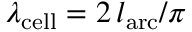
\lambda _ { \mathrm { c e l l } } = 2 \, l _ { \mathrm { a r c } } / \pi